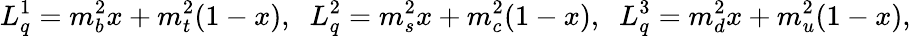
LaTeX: L_{q}^{1}=m_{b}^{2}x+m_{t}^{2}(1-x),\; \; L_{q}^{2}=m_{s}^{2}x+m_{c}^{2}(1-x),\; \; L_{q}^{3}=m_{d}^{2}x+m_{u}^{2}(1-x),